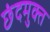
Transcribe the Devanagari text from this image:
छंदमुक्त